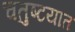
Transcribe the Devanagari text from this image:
चतुष्टयात